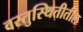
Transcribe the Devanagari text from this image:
वस्तुस्थितीतील